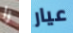
را عيار